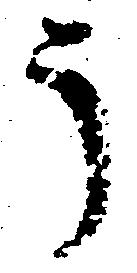
う